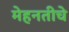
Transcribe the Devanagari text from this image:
मेहनतीचे